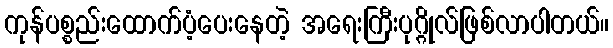
ကုန်ပစ္စည်းထောက်ပံ့ပေးနေတဲ့ အရေးကြီးပုဂ္ဂိုလ်ဖြစ်လာပါတယ်။